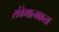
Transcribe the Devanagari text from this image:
संवेगात्मकता